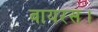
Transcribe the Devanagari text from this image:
वायरस।